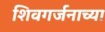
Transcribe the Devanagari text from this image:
शिवगर्जनाच्या